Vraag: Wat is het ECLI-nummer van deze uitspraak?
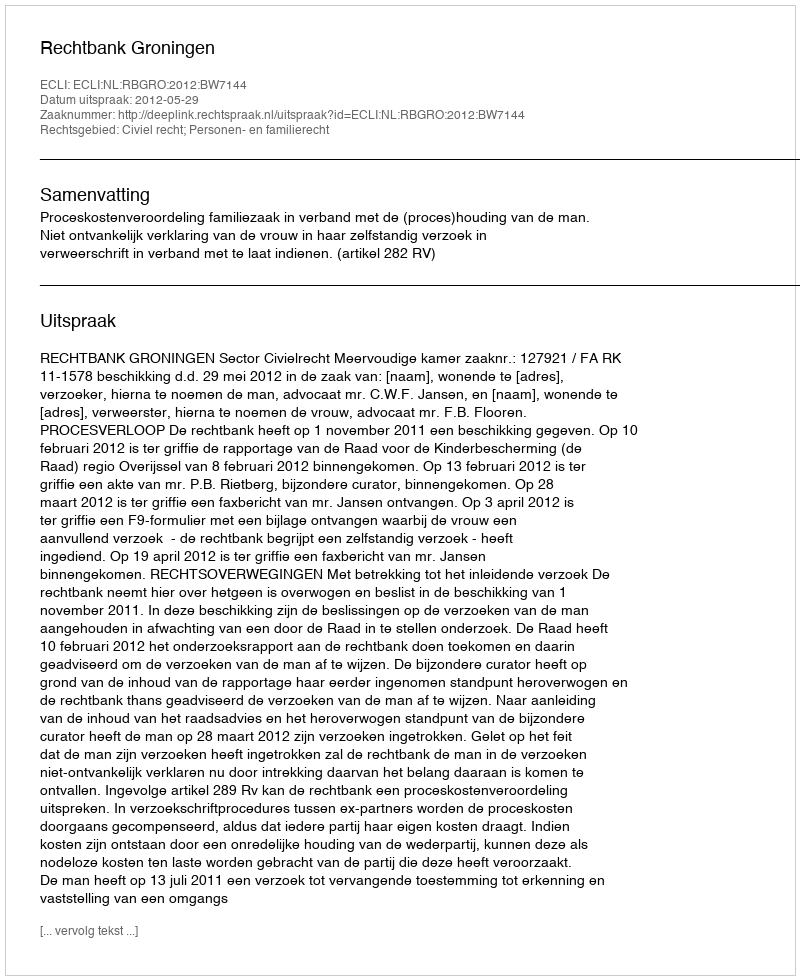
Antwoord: ECLI:NL:RBGRO:2012:BW7144